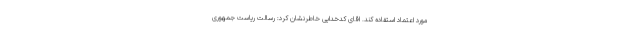
مورد اعتماد استفاده کند. اقای کدخدایی خاطرنشان کرد: رسالت ریاست جمهوری